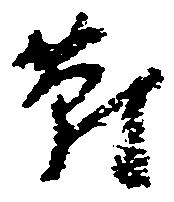
対